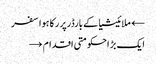
← ملائیشیا کے بارڈرپر رکا ہوا سفر
ایک بڑ احکومتی اقدام →